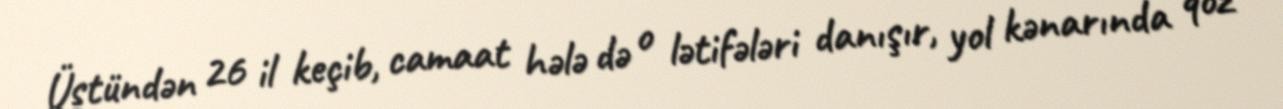
Üstündən 26 il keçib, camaat hələ də o lətifələri danışır, yol kənarında qoz